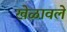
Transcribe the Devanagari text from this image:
खेळावले